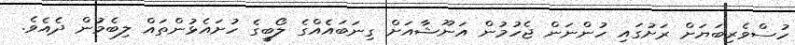
ހުސްވެރިބަޔަށް ރަށުގައި ހުންނަން ޖެހުމުން އަނޫޝާއަށް ގިނަބައެއްގެ ލޯބީގެ ހުށައެޅުންތައް ލިބެމުން ދެއެވެ.